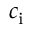
c _ { \mathrm { i } }